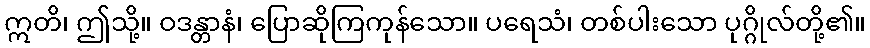
ဣတိ၊ ဤသို့။ ဝဒန္တာနံ၊ ပြောဆိုကြကုန်သော။ ပရေသံ၊ တစ်ပါးသော ပုဂ္ဂိုလ်တို့၏။